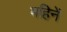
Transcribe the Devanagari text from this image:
महिनें